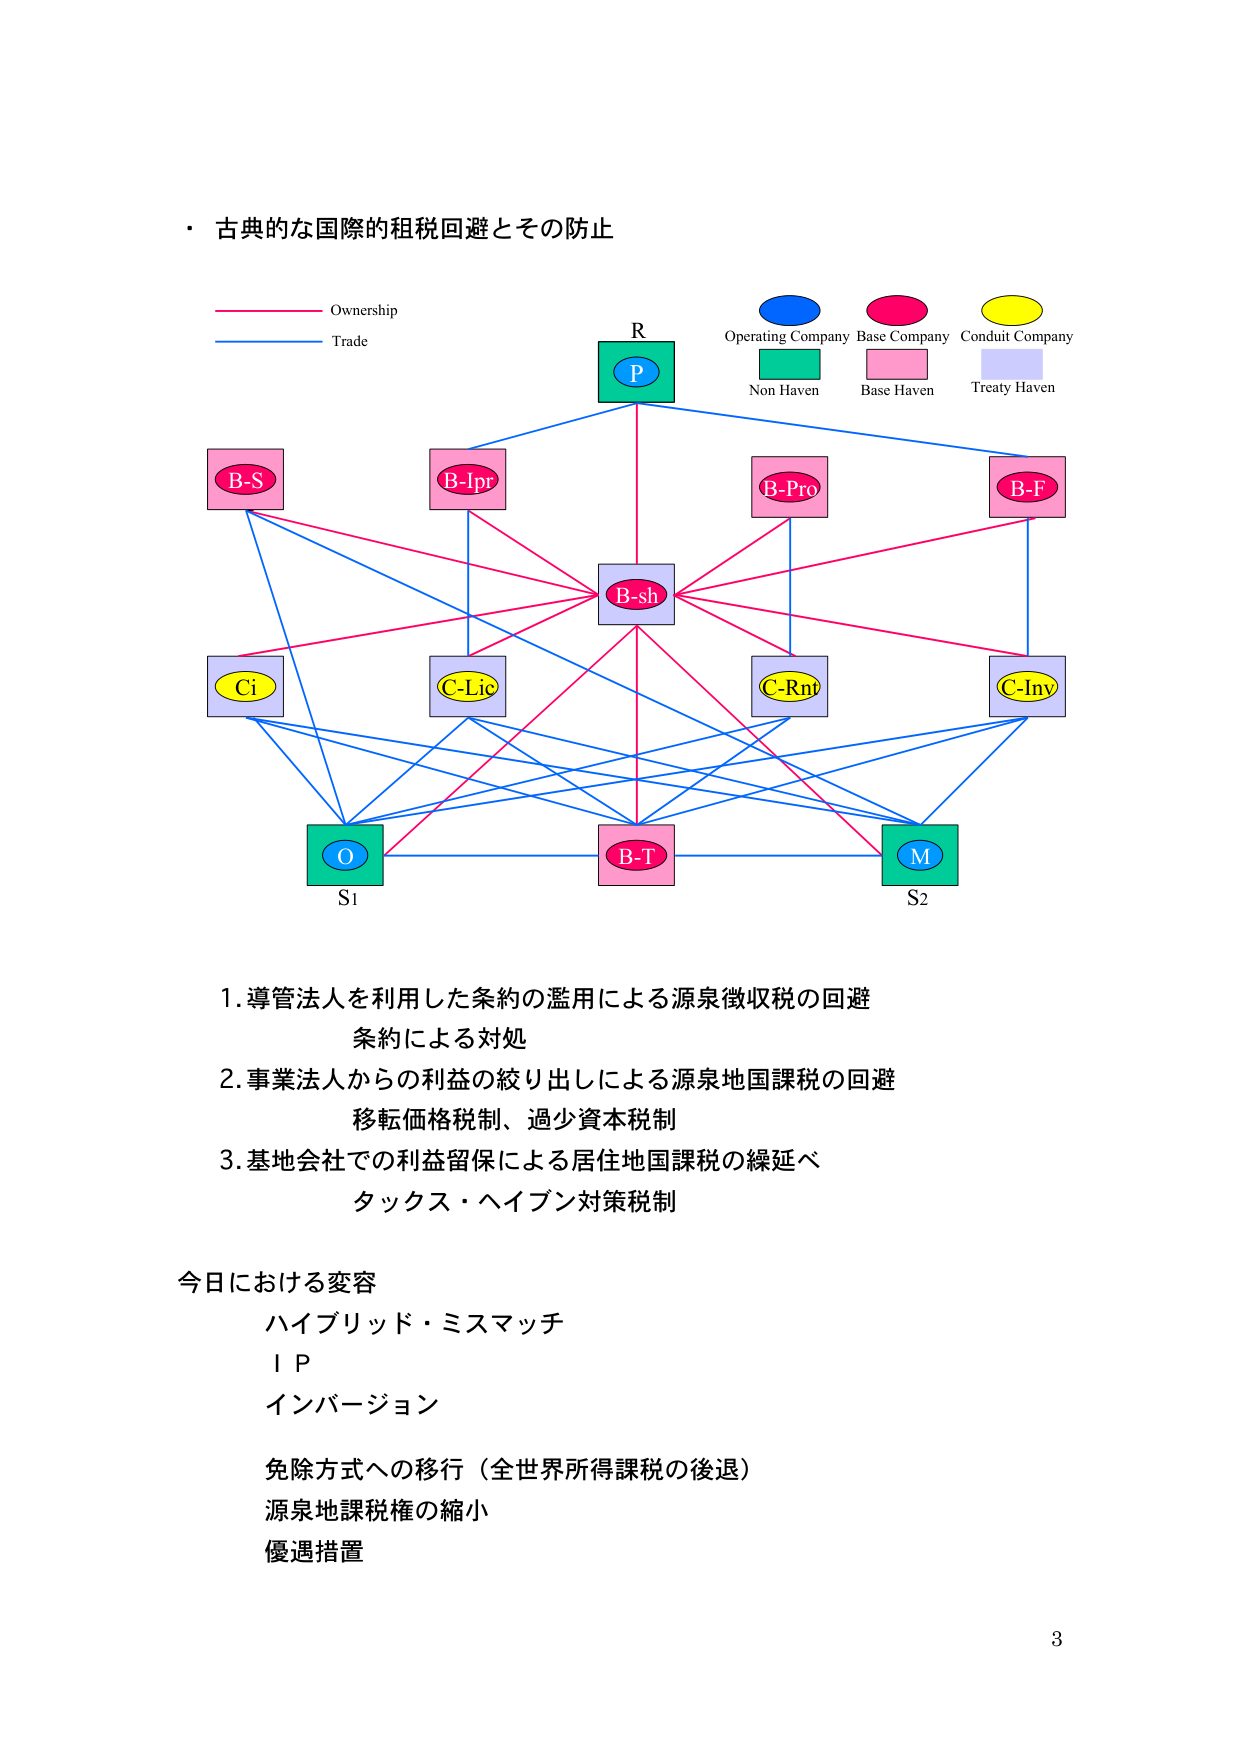
・古典的な国際的租税回避とその防止

Ownership
Trade

R
P

Operating Company
Base Company
Conduit Company

Non Haven
Base Haven
Treaty Haven

B-S
B-Ipr
B-Pro
B-F

B-sh

Ci
C-Lic
C-Rnt
C-Inv

O
B-T
M

S1
S2

1. 導管法人を利用した条約の濫用による源泉徴収税の回避
条約による対処

2. 事業法人からの利益の絞り出しによる源泉地国課税の回避
移転価格税制、過少資本税制

3. 基地会社での利益留保による居住地国課税の繰延べ
タックス・ヘイブン対策税制

今日における変容
ハイブリッド・ミスマッチ
I P
インバージョン

免除方式への移行（全世界所得課税の後退）
源泉地課税権の縮小
優遇措置

3